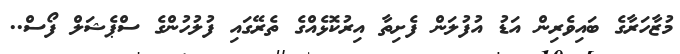
މުޒާހަރާގެ ބައިވެރިން އަޑު އުފުލަން ފެށިތާ އިރުކޮޅެއްގެ ތެރޭގައި ފުލުހުންގެ ސްޕެޝަލް ފޯސް..